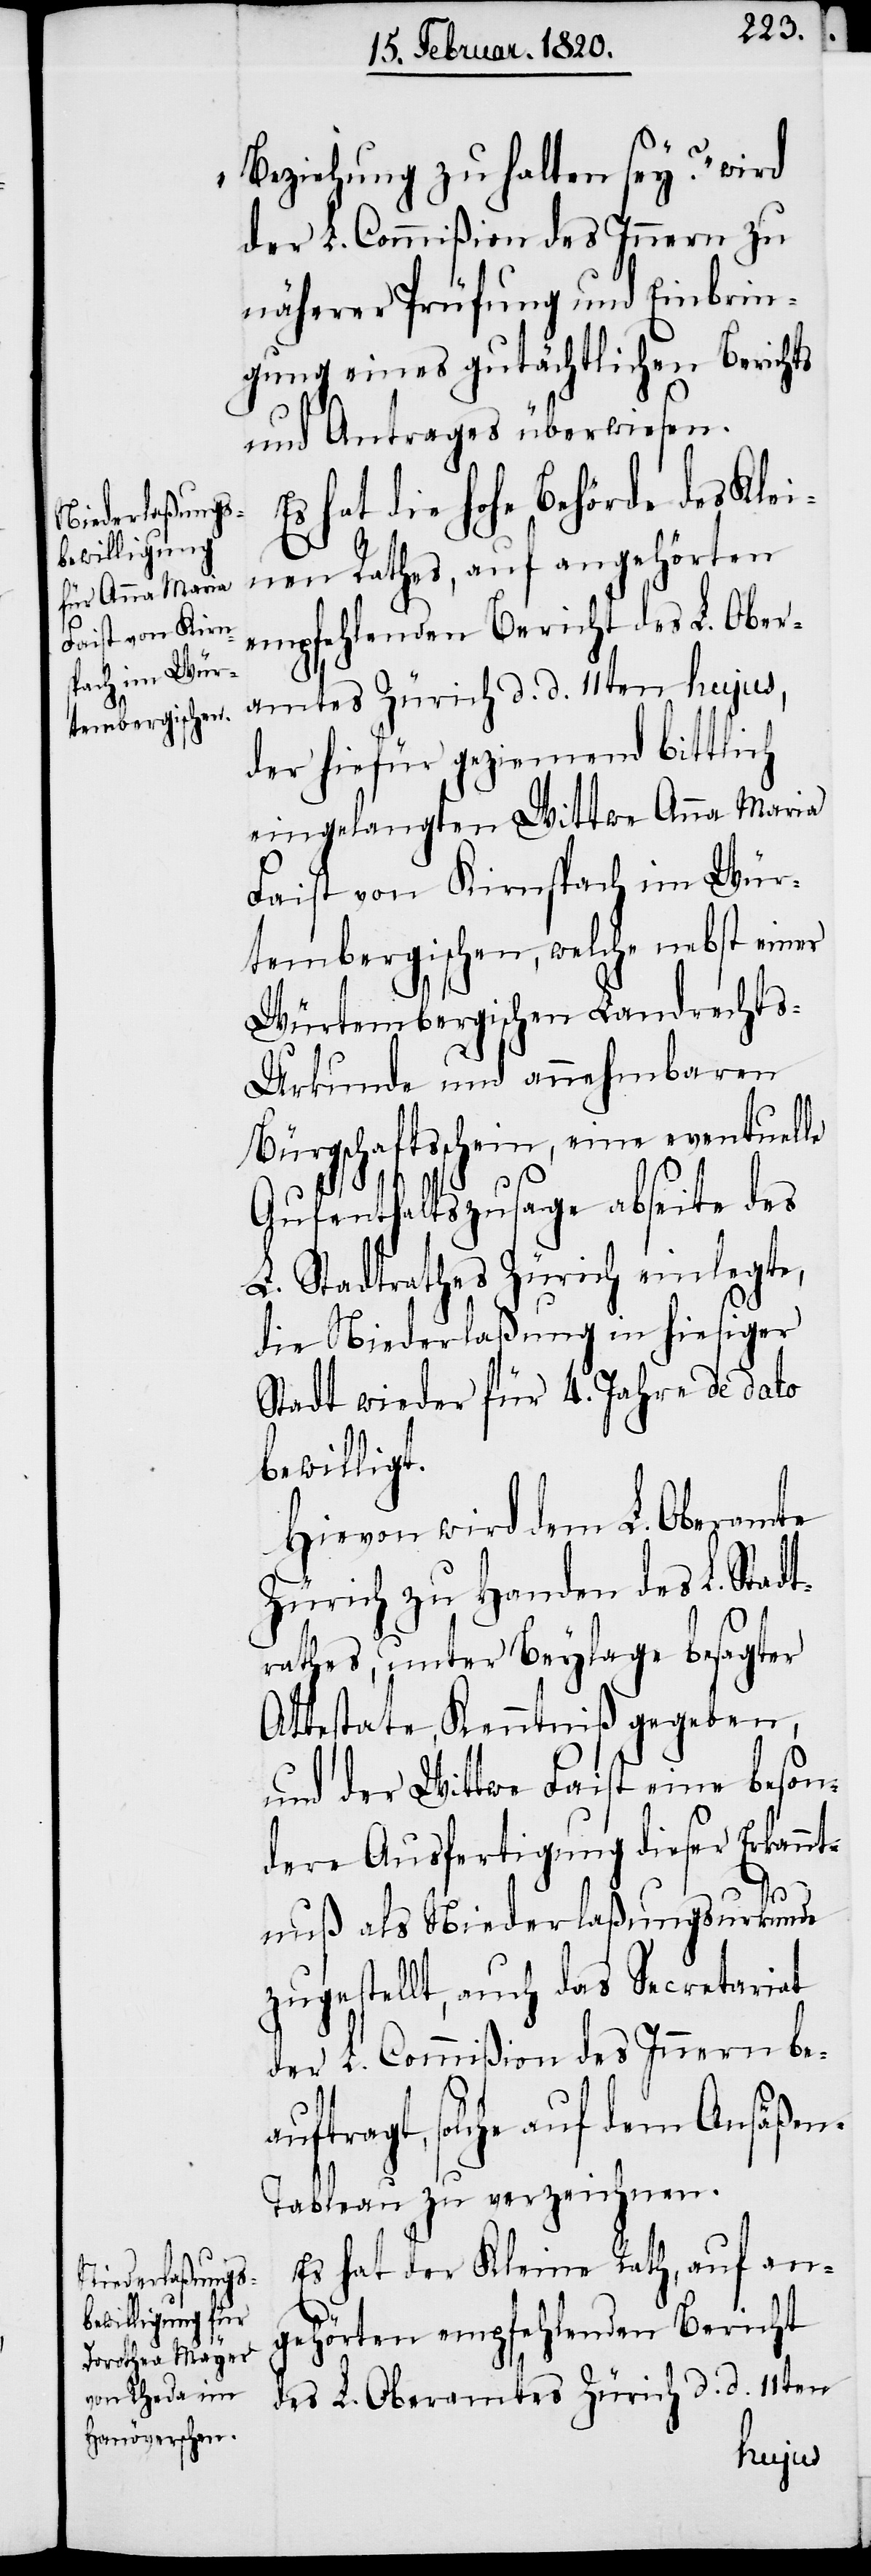
Beziehung zu halten sey?“ wird
der L. Commißion des Innern zu
näherer Prüfung und Einbrin¬
gung eines gutächtlichen Berichts
und Antrages überwiesen.
hat die hohe Behörde des Klei¬
nen Rathes, auf angehörten
empfehlenden Bericht des L. Ober¬
amtes Zürich d. d. 11ten hujus,
der hiefür geziemend bittlich
eingelangten Wittwe Anna Maria
Faist von Kirnspach im Wür¬
tembergischen, welche nebst einer
Würtembergischen Landrecht¬
s-Urkunde und annehmbaren
Bürgschaftsschein, eine eventuelle
Aufenthaltszusage abseite des
L. Stadtrathes Zürich einlegte,
die Niederlaßung in hiesiger
Stadt wieder für 4. Jahre de dato
bewilligt.
Hievon wird dem L. Oberamte
Zürich zu Handen des L. Stadt¬
rathes, unter Beylage besagter
Attestate, Kenntniß gegeben,
und der Wittwe Faist eine beson¬
dere Ausfertigung dieser Erkannt¬
nuß als Niederlaßungsurkunde
zugestellt, auch das Secretariat
der L. Commißion des Innern be¬
auftragt, solche auf dem Ansäße¬
n-Tableau zu verzeichnen.
Es hat der Kleine Rath, auf an¬
gehörten empfehlenden Bericht
des L. Oberamtes Zürich d. d. 11ten